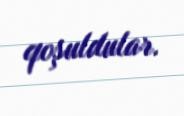
qoşuldular.